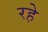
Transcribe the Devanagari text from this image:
रहेे